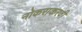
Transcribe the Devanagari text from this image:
नोकराकरवी